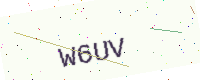
Text: W6UV